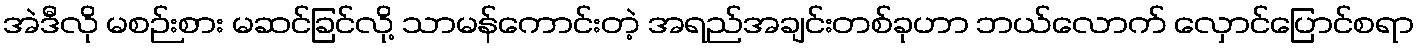
အဲဒီလို မစဉ်းစား မဆင်ခြင်လို့ သာမန်ကောင်းတဲ့ အရည်အချင်းတစ်ခုဟာ ဘယ်လောက် လှောင်ပြောင်စရာ